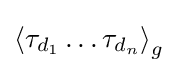
\left\langle \tau _{d_{1}}\dots \tau _{d_{n}}\right\rangle _{g}